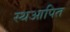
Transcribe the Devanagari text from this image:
स्थआपित